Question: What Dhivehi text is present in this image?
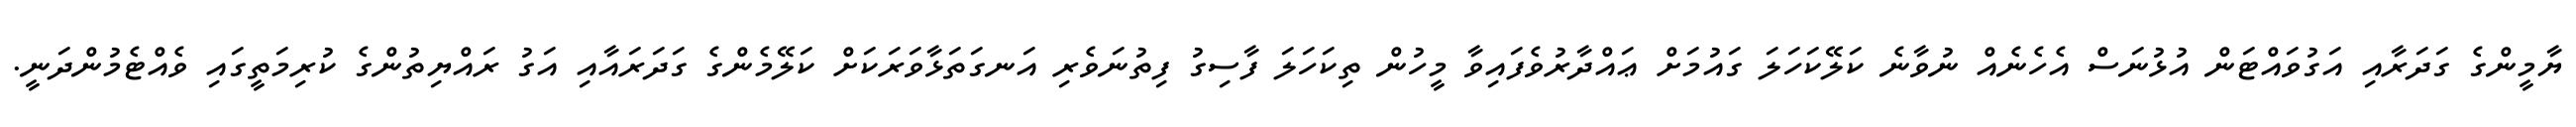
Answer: ޔާމީންގެ ގަދަރާއި އަގުވައްޓަން އުޅުނަސް އެހެނެއް ނުވާނެ ކަލޭކަހަލަ ގައުމަށް ޢައްދާރުވެފައިވާ މީހުން ތިކަހަލަ ފާސިގު ފިތުނަވެރި އަނގަތަޅާވަރަކަށް ކަލޭމެންގެ ގަދަރައާއި އަގު ރައްޔިތުންގެ ކުރިމަތީގައި ވެއްޓެމުންދަނީ.